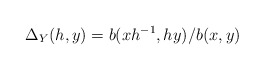
\begin{gather*}\Delta_Y(h,y)=b(xh^{-1}, hy)/b(x,y)\end{gather*}